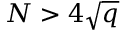
N > 4 { \sqrt { q } }